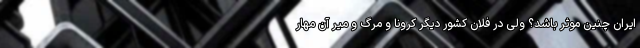
ایران چنین موثر باشد؟ ولی در فلان کشور دیگر کرونا و مرگ و میر آن مهار